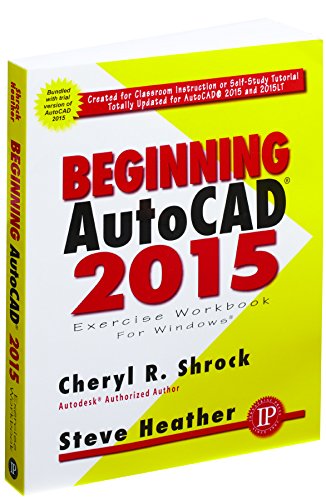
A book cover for Beginning AutoCAD 2015; Cheryl Shrock; Computers & Technology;